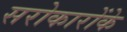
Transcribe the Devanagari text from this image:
सरोकारोंके